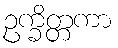
ဥက္ခိတ္တကာ